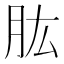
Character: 肱